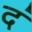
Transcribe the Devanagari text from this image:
दं